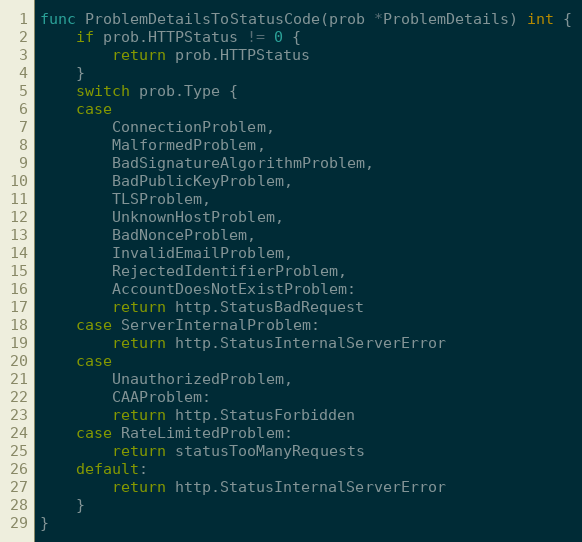
Language: Go
func ProblemDetailsToStatusCode(prob *ProblemDetails) int {
	if prob.HTTPStatus != 0 {
		return prob.HTTPStatus
	}
	switch prob.Type {
	case
		ConnectionProblem,
		MalformedProblem,
		BadSignatureAlgorithmProblem,
		BadPublicKeyProblem,
		TLSProblem,
		UnknownHostProblem,
		BadNonceProblem,
		InvalidEmailProblem,
		RejectedIdentifierProblem,
		AccountDoesNotExistProblem:
		return http.StatusBadRequest
	case ServerInternalProblem:
		return http.StatusInternalServerError
	case
		UnauthorizedProblem,
		CAAProblem:
		return http.StatusForbidden
	case RateLimitedProblem:
		return statusTooManyRequests
	default:
		return http.StatusInternalServerError
	}
}